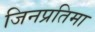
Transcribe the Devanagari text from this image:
जिनप्रतिमा